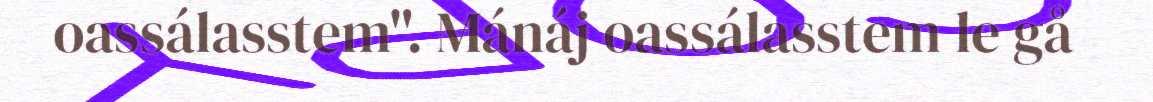
oassálasstem". Mánáj oassálasstem le gå